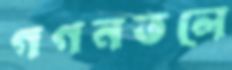
গগনতলে